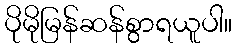
ပိုမိုမြန်ဆန်စွာရယူပါ။